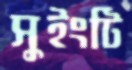
সুইংটি